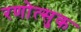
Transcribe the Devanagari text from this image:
रणोत्सुक